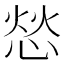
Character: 𫺞